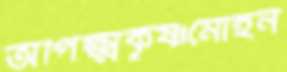
অপিক্ষ্মকৃষ্ণমোহন